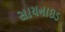
સાયનાઇડ